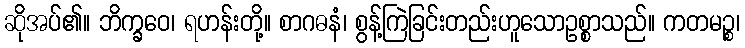
ဆိုအပ်၏။ ဘိက္ခဝေ၊ ရဟန်းတို့။ စာဂဓနံ၊ စွန့်ကြဲခြင်းတည်းဟူသောဥစ္စာသည်။ ကတမဉ္စ၊